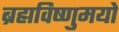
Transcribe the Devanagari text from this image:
ब्रह्मविष्णुमयो